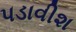
પડાવીશ